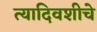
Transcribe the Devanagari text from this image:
त्यादिवशीचे